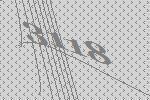
3118